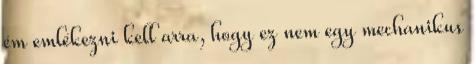
ém emlékezni kell arra, hogy ez nem egy mechanikus